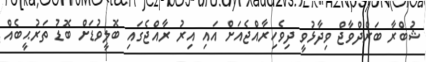
ޝުބްރާ ބަރްދްވާޖް ވިދާޅުވީ ދިވެހިރާއްޖެއަށް އައި އިރު ރާއްޖެގައި ބޮލީވުޑަށް ބޮޑު ތަރުޙީބެއް